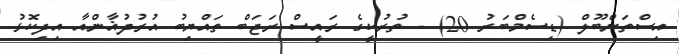
އިސްތަންބޫލް (ޑިސެމްބަރު 20) - ތުރުކީގެ ރައީސް ރަޖަބް ތައްޔިބު އުރުދުޣާންއާ އިދިކޮޅު